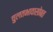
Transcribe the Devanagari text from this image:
चुलतभावासोबत